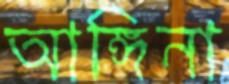
আঙ্গিনা